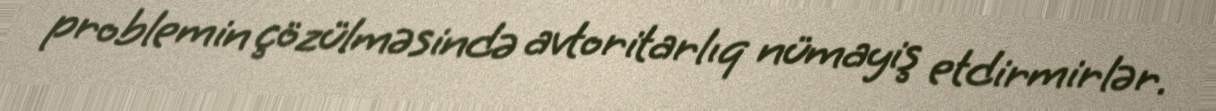
problemin çözülməsində avtoritarlıq nümayiş etdirmirlər.